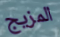
المزيج